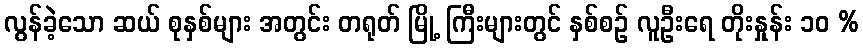
လွန်ခဲ့သော ဆယ် စုနှစ်များ အတွင်း တရုတ် မြို့ ကြီးများတွင် နှစ်စဉ် လူဦးရေ တိုးနှုန်း ၁၀ %